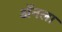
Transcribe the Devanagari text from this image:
ॲनला